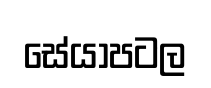
සේයාපටල